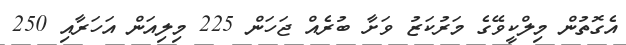
އެގޮތުން މިލްކީވޭގެ މަރުކަޒު ވަށާ ބުރެއް ޖަހަން 225 މިލިއަން އަހަރާއި 250